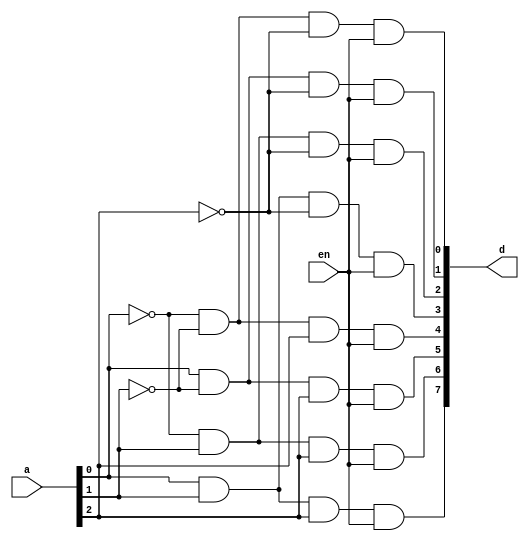
/*This circuit is taken from Lecture 04,
  provided by Dr. Mahboob Qaosar sir, page-8
*/
module decoder_3_to_8(d, a, en);
    input [2:0] a;
    input en;
    output [7:0] d;
    wire a0_bar, a1_bar, a2_bar;
    
    not(a0_bar, a[0]);
    not(a1_bar, a[1]);
    not(a2_bar, a[2]);
    
    and(d[0], a0_bar, a1_bar, a2_bar, en);
    and(d[1], a[0], a1_bar, a2_bar, en);
    and(d[2], a0_bar, a[1], a2_bar, en);
    and(d[3], a[0], a[1], a2_bar, en);
    and(d[4], a0_bar, a1_bar, a[2], en);
    and(d[5], a[0], a1_bar, a[2], en);
    and(d[6], a0_bar, a[1], a[2], en);
    and(d[7], a[0], a[1], a[2], en);
endmodule